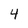
Character: 4